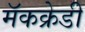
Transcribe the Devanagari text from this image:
मॅकक्रेडी